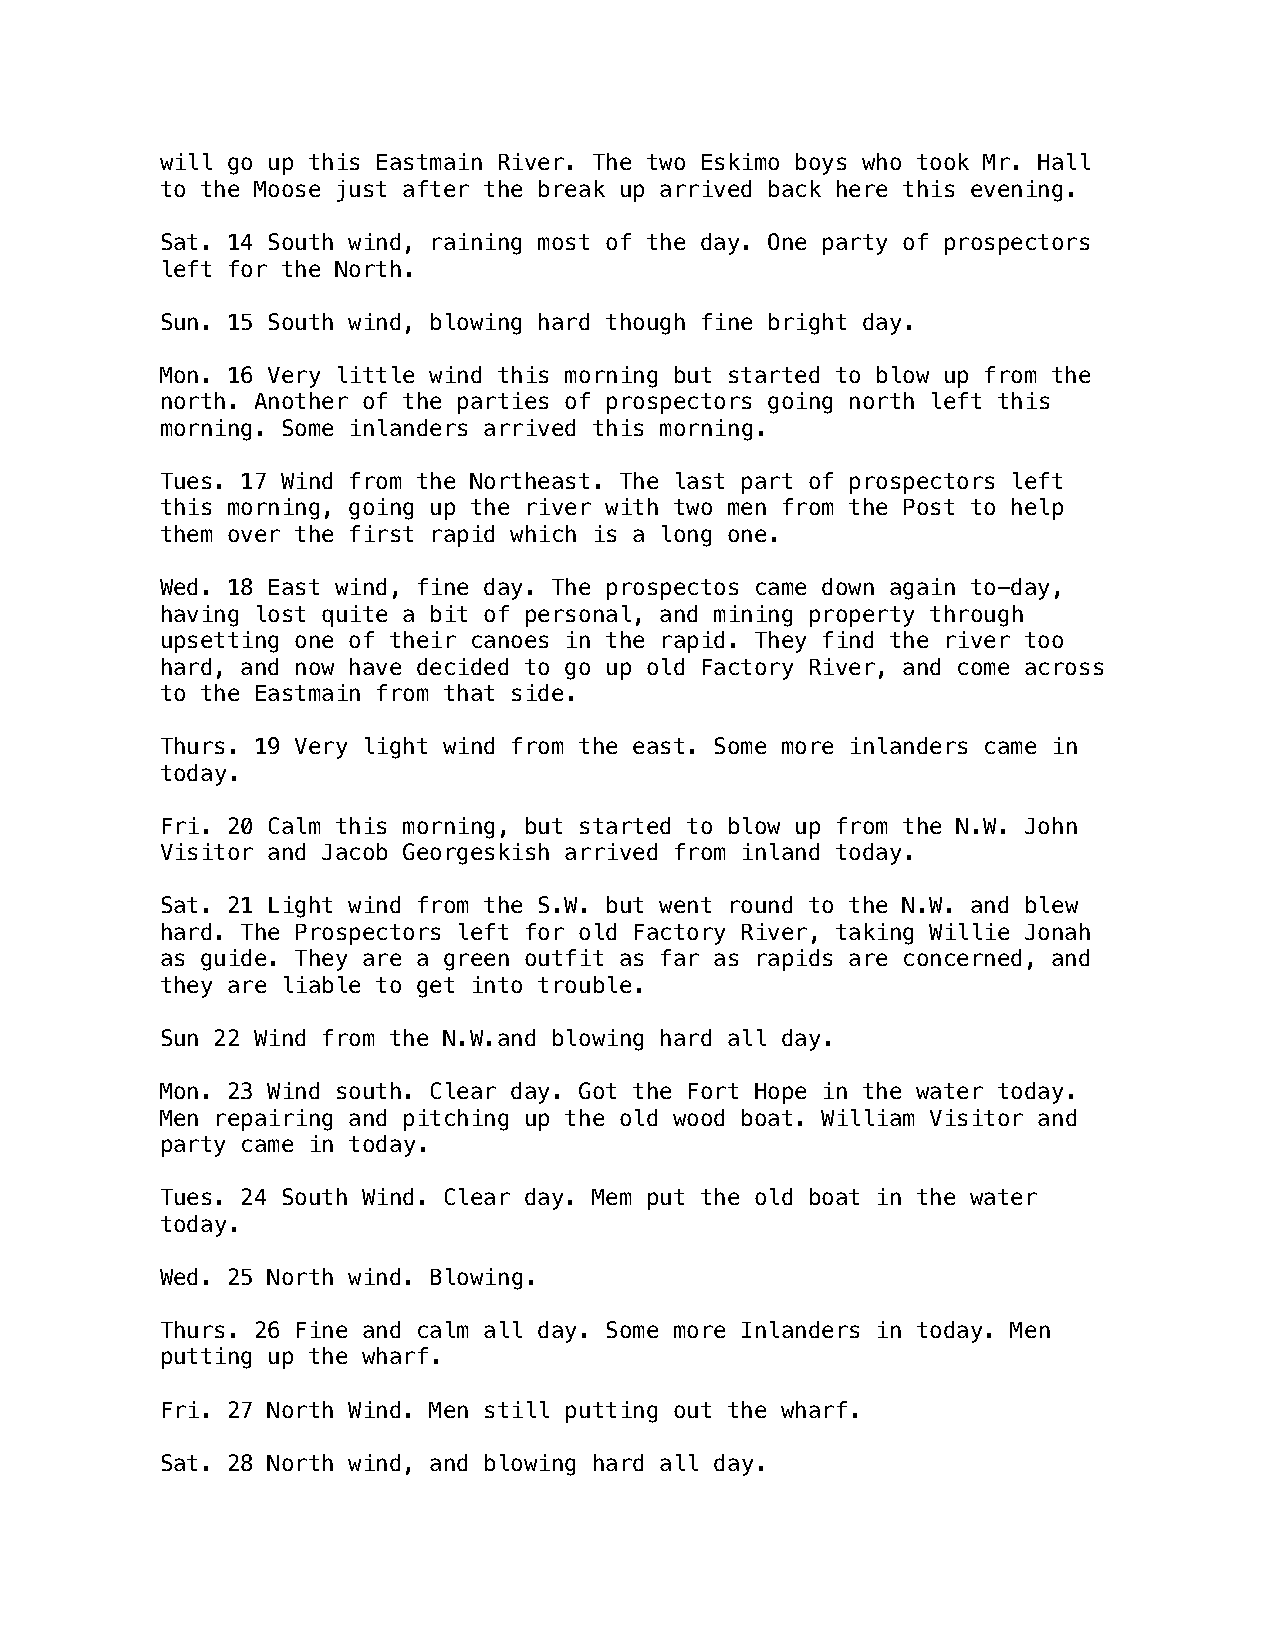
will go up this Eastmain River. The two Eskimo boys who took Mr. Hall
 to the Moose just after the break up arrived back here this evening.
 Sat. 14 South wind, raining most of the day. One party of prospectors
 left for the North.
 Sun. 15 South wind, blowing hard though fine bright day.
 Mon. 16 Very little wind this morning but started to blow up from the
 north. Another of the parties of prospectors going north left this
 morning. Some inlanders arrived this morning.
 Tues. 17 Wind from the Northeast. The last part of prospectors left
 this morning, going up the river with two men from the Post to help
 them over the first rapid which is a long one.
 Wed. 18 East wind, fine day. The prospectos came down again to-day,
 having lost quite a bit of personal, and mining property through
 upsetting one of their canoes in the rapid. They find the river too
 hard, and now have decided to go up old Factory River, and come across
 to the Eastmain from that side.
 Thurs. 19 Very light wind from the east. Some more inlanders came in
 today.
 Fri. 20 Calm this morning, but started to blow up from the N.W. John
 Visitor and Jacob Georgeskish arrived from inland today.
 Sat. 21 Light wind from the S.W. but went round to the N.W. and blew
 hard. The Prospectors left for old Factory River, taking Willie Jonah
 as guide. They are a green outfit as far as rapids are concerned, and
 they are liable to get into trouble.
 Sun 22 Wind from the N.W.and blowing hard all day.
 Mon. 23 Wind south. Clear day. Got the Fort Hope in the water today.
 Men repairing and pitching up the old wood boat. William Visitor and
 party came in today.
 Tues. 24 South Wind. Clear day. Mem put the old boat in the water
 today.
 Wed. 25 North wind. Blowing.
 Thurs. 26 Fine and calm all day. Some more Inlanders in today. Men
 putting up the wharf.
 Fri. 27 North Wind. Men still putting out the wharf.
 Sat. 28 North wind, and blowing hard all day.